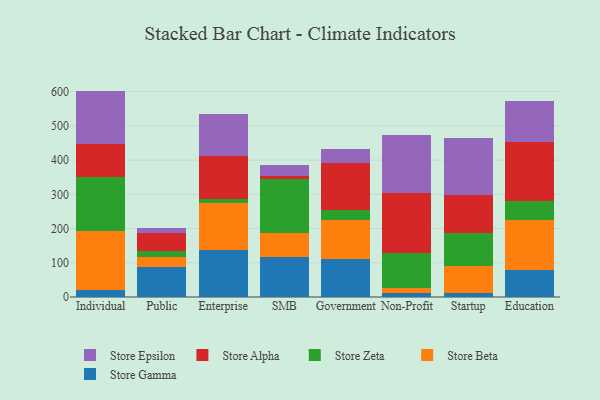
{"axis": {"x": "Segment", "y": "Operating Costs (USD K)"}, "legend": ["Store Alpha", "Store Beta", "Store Epsilon", "Store Gamma", "Store Zeta"], "data": [{"x": "Individual", "y": 20.3, "type": "Store Gamma"}, {"x": "Individual", "y": 171.8, "type": "Store Beta"}, {"x": "Individual", "y": 157.7, "type": "Store Zeta"}, {"x": "Individual", "y": 97.2, "type": "Store Alpha"}, {"x": "Individual", "y": 155.3, "type": "Store Epsilon"}, {"x": "Public", "y": 87.8, "type": "Store Gamma"}, {"x": "Public", "y": 29.8, "type": "Store Beta"}, {"x": "Public", "y": 16.1, "type": "Store Zeta"}, {"x": "Public", "y": 52.6, "type": "Store Alpha"}, {"x": "Public", "y": 14.8, "type": "Store Epsilon"}, {"x": "Enterprise", "y": 136.9, "type": "Store Gamma"}, {"x": "Enterprise", "y": 136.5, "type": "Store Beta"}, {"x": "Enterprise", "y": 14.1, "type": "Store Zeta"}, {"x": "Enterprise", "y": 125.4, "type": "Store Alpha"}, {"x": "Enterprise", "y": 121.8, "type": "Store Epsilon"}, {"x": "SMB", "y": 117.3, "type": "Store Gamma"}, {"x": "SMB", "y": 68.9, "type": "Store Beta"}, {"x": "SMB", "y": 159.1, "type": "Store Zeta"}, {"x": "SMB", "y": 7.6, "type": "Store Alpha"}, {"x": "SMB", "y": 31.6, "type": "Store Epsilon"}, {"x": "Government", "y": 110.6, "type": "Store Gamma"}, {"x": "Government", "y": 113.8, "type": "Store Beta"}, {"x": "Government", "y": 30.3, "type": "Store Zeta"}, {"x": "Government", "y": 137.1, "type": "Store Alpha"}, {"x": "Government", "y": 39.9, "type": "Store Epsilon"}, {"x": "Non-Profit", "y": 11.7, "type": "Store Gamma"}, {"x": "Non-Profit", "y": 13.8, "type": "Store Beta"}, {"x": "Non-Profit", "y": 103.4, "type": "Store Zeta"}, {"x": "Non-Profit", "y": 173.6, "type": "Store Alpha"}, {"x": "Non-Profit", "y": 171.8, "type": "Store Epsilon"}, {"x": "Startup", "y": 10.9, "type": "Store Gamma"}, {"x": "Startup", "y": 79.2, "type": "Store Beta"}, {"x": "Startup", "y": 96.0, "type": "Store Zeta"}, {"x": "Startup", "y": 111.4, "type": "Store Alpha"}, {"x": "Startup", "y": 167.2, "type": "Store Epsilon"}, {"x": "Education", "y": 78.8, "type": "Store Gamma"}, {"x": "Education", "y": 147.4, "type": "Store Beta"}, {"x": "Education", "y": 55.4, "type": "Store Zeta"}, {"x": "Education", "y": 172.1, "type": "Store Alpha"}, {"x": "Education", "y": 118.0, "type": "Store Epsilon"}]}